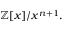
\mathbb { Z } [ x ] / x ^ { n + 1 } .